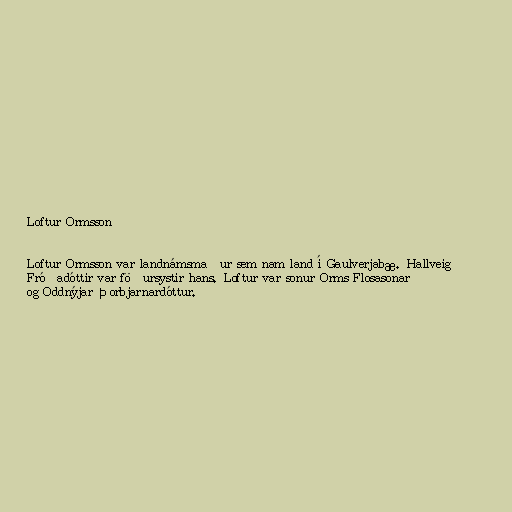
Loftur Ormsson

Loftur Ormsson var landnámsmaður sem nam land í Gaulverjabæ. Hallveig
Fróðadóttir var föðursystir hans. Loftur var sonur Orms Flosasonar
og Oddnýjar Þorbjarnardóttur.